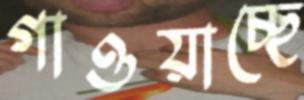
গাওয়াচ্ছে